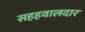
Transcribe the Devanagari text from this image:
सहहवालदार